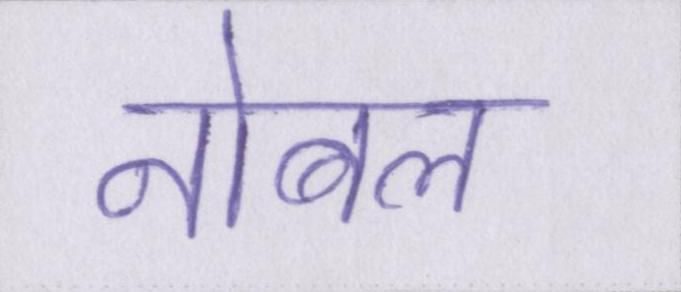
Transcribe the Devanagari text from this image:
नोबल